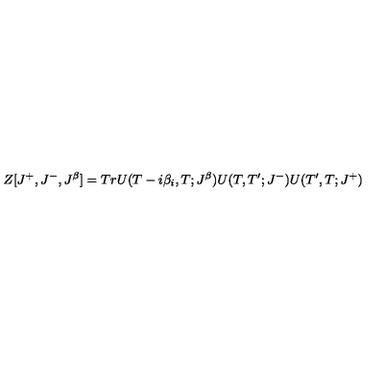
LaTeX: Z [ J ^ { + } , J ^ { - } , J ^ { \beta } ] = T r U ( T - i \beta _ { i } , T ; J ^ { \beta } ) U ( T , T ^ { \prime } ; J ^ { - } ) U ( T ^ { \prime } , T ; J ^ { + } )